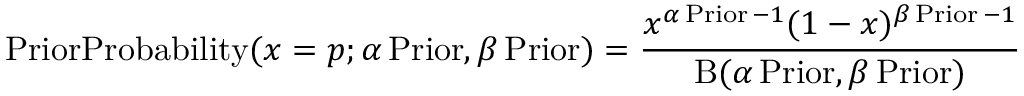
{ \operatorname { P r i o r P r o b a b i l i t y } } ( x = p ; \alpha \operatorname { P r i o r } , \beta \operatorname { P r i o r } ) = { \frac { x ^ { \alpha \operatorname { P r i o r } - 1 } ( 1 - x ) ^ { \beta \operatorname { P r i o r } - 1 } } { \mathrm { B } ( \alpha \operatorname { P r i o r } , \beta \operatorname { P r i o r } ) } }